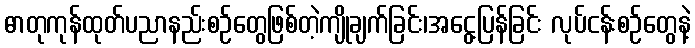
ဓာတုကုန်ထုတ်ပညာနည်းစဉ်တွေဖြစ်တဲ့ကျိုချက်ခြင်း၊အငွေ့ပြန်ခြင်း လုပ်ငန်းစဉ်တွေနဲ့